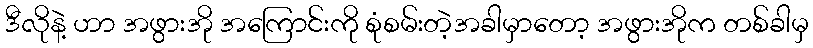
ဒီလိုနဲ့ ဟာ အဖွားအို အကြောင်းကို စုံစမ်းတဲ့အခါမှာတော့ အဖွားအိုက တစ်ခါမှ